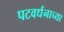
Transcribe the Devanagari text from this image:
पटवर्धनाच्या